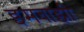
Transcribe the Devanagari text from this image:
इमवाझी